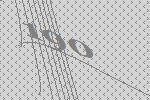
190